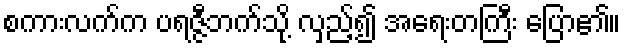
စကားလက်က ပရဇ္ဇီဘက်သို့ လှည့်၍ အရေးတကြီး ပြော၏။